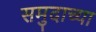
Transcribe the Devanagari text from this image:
समुदाच्या